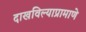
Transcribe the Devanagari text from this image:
दाखविल्याप्रामाणे